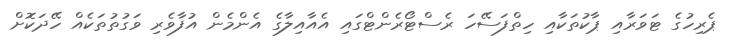
ޕެރިހުގެ ޓަވަރާއި ޕާކުތަކާއި ހިތްފަސޭހަ ރެސްޓޯރެންޓްގައި އެއާއިލާގެ އެންމެން އުފާވެރި ވަގުތުތަކެއް ހޭދަކޮށް